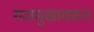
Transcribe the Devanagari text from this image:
गजमुखावरुन